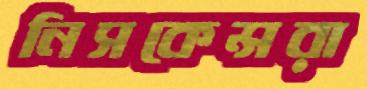
নিসকেন্সরা